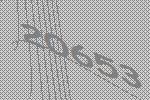
20653